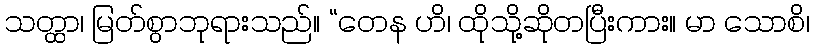
သတ္ထာ၊ မြတ်စွာဘုရားသည်။ “တေန ဟိ၊ ထိုသို့ဆိုတပြီးကား။ မာ သောစိ၊